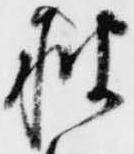
披